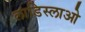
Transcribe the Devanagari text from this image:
लाडिस्लाओ